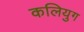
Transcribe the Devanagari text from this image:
कलियुग